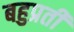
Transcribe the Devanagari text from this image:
बहुप्रती